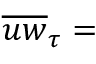
\overline { { u w } } _ { \tau } =